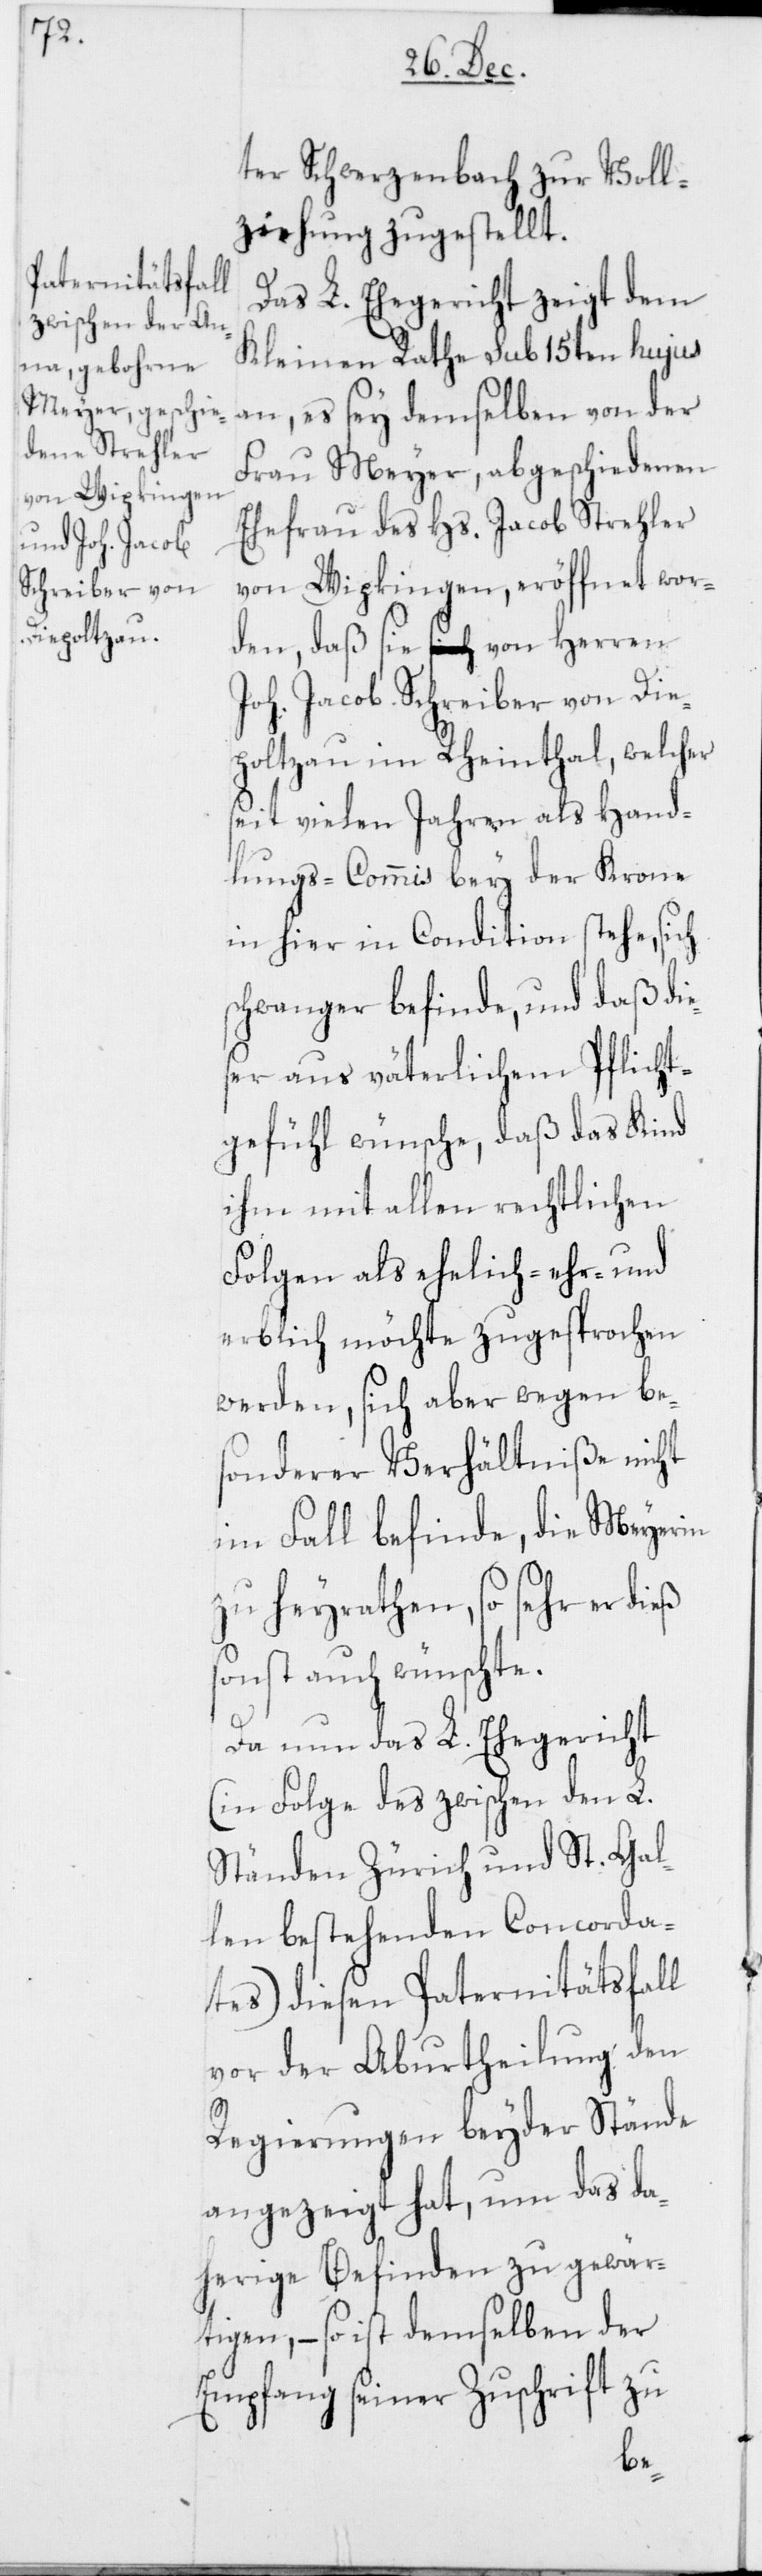
ter Schwerzenbach zur Voll¬
ziehung zugestellt.
Das L. Ehegericht zeigt dem
Kleinen Rathe sub 15ten hujus
an, es sey demselben von der
Frau Meyer, abgeschiedenen
Ehefrau des Hs. Jacob Strehler
von Wipkingen, eröffnet wor¬
den, daß sie von Herren
Joh. Jacob Schreiber von Die¬
poltzau im Rheintal, welcher
seit vielen Jahren als Hand¬
lungs-Commis bey der Krone
in hier in Condition stehe, sich
schwanger befinde, und daß die¬
ser aus väterlichem Pflicht¬
gefühl wünsche, daß das Kind
ihm mit allen rechtlichen
Folgen als ehelich, ehr- und
erblich möchte zugesprochen
werden, sich aber wegen be¬
sonderer Verhältniße nicht
im Fall befinde, die Meyerin
zu heyrathen, so sehr er dieß
sonst auch wünschte.
Da nun das L. Ehegericht
(in Folge des zwischen den L.
Ständen Zürich und St. Gal¬
len bestehenden Concorda¬
tes) diesen Paternitätsfall
vor der Aburtheilung den
Regierungen beyder Stände
angezeigt hat, um das da¬
herige Befinden zu gewär¬
tigen, – so ist demselben der
Empfang seiner Zuschrift zu